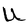
Character: U